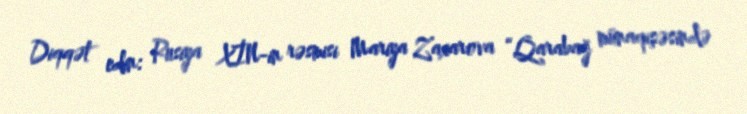
Diqqət edin: Rusiya XİN-in rəsmisi Mariya Zaxarova “Qarabağ münaqişəsində